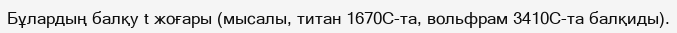
Бұлардың балқу t жоғары (мысалы, титан 1670С-та, вольфрам 3410С-та балқиды).